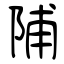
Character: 陠